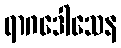
ရာဂဒေါသေန